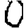
Digit: 0